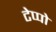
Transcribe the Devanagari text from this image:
टेप्पो